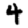
Digit: 4